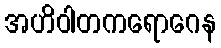
အဟိဝါတကရောဂေန